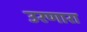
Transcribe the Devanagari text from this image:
उरणारा